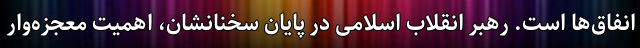
انفاق‌ها است. رهبر انقلاب اسلامی در پایان سخنانشان، اهمیت معجزه‌وار